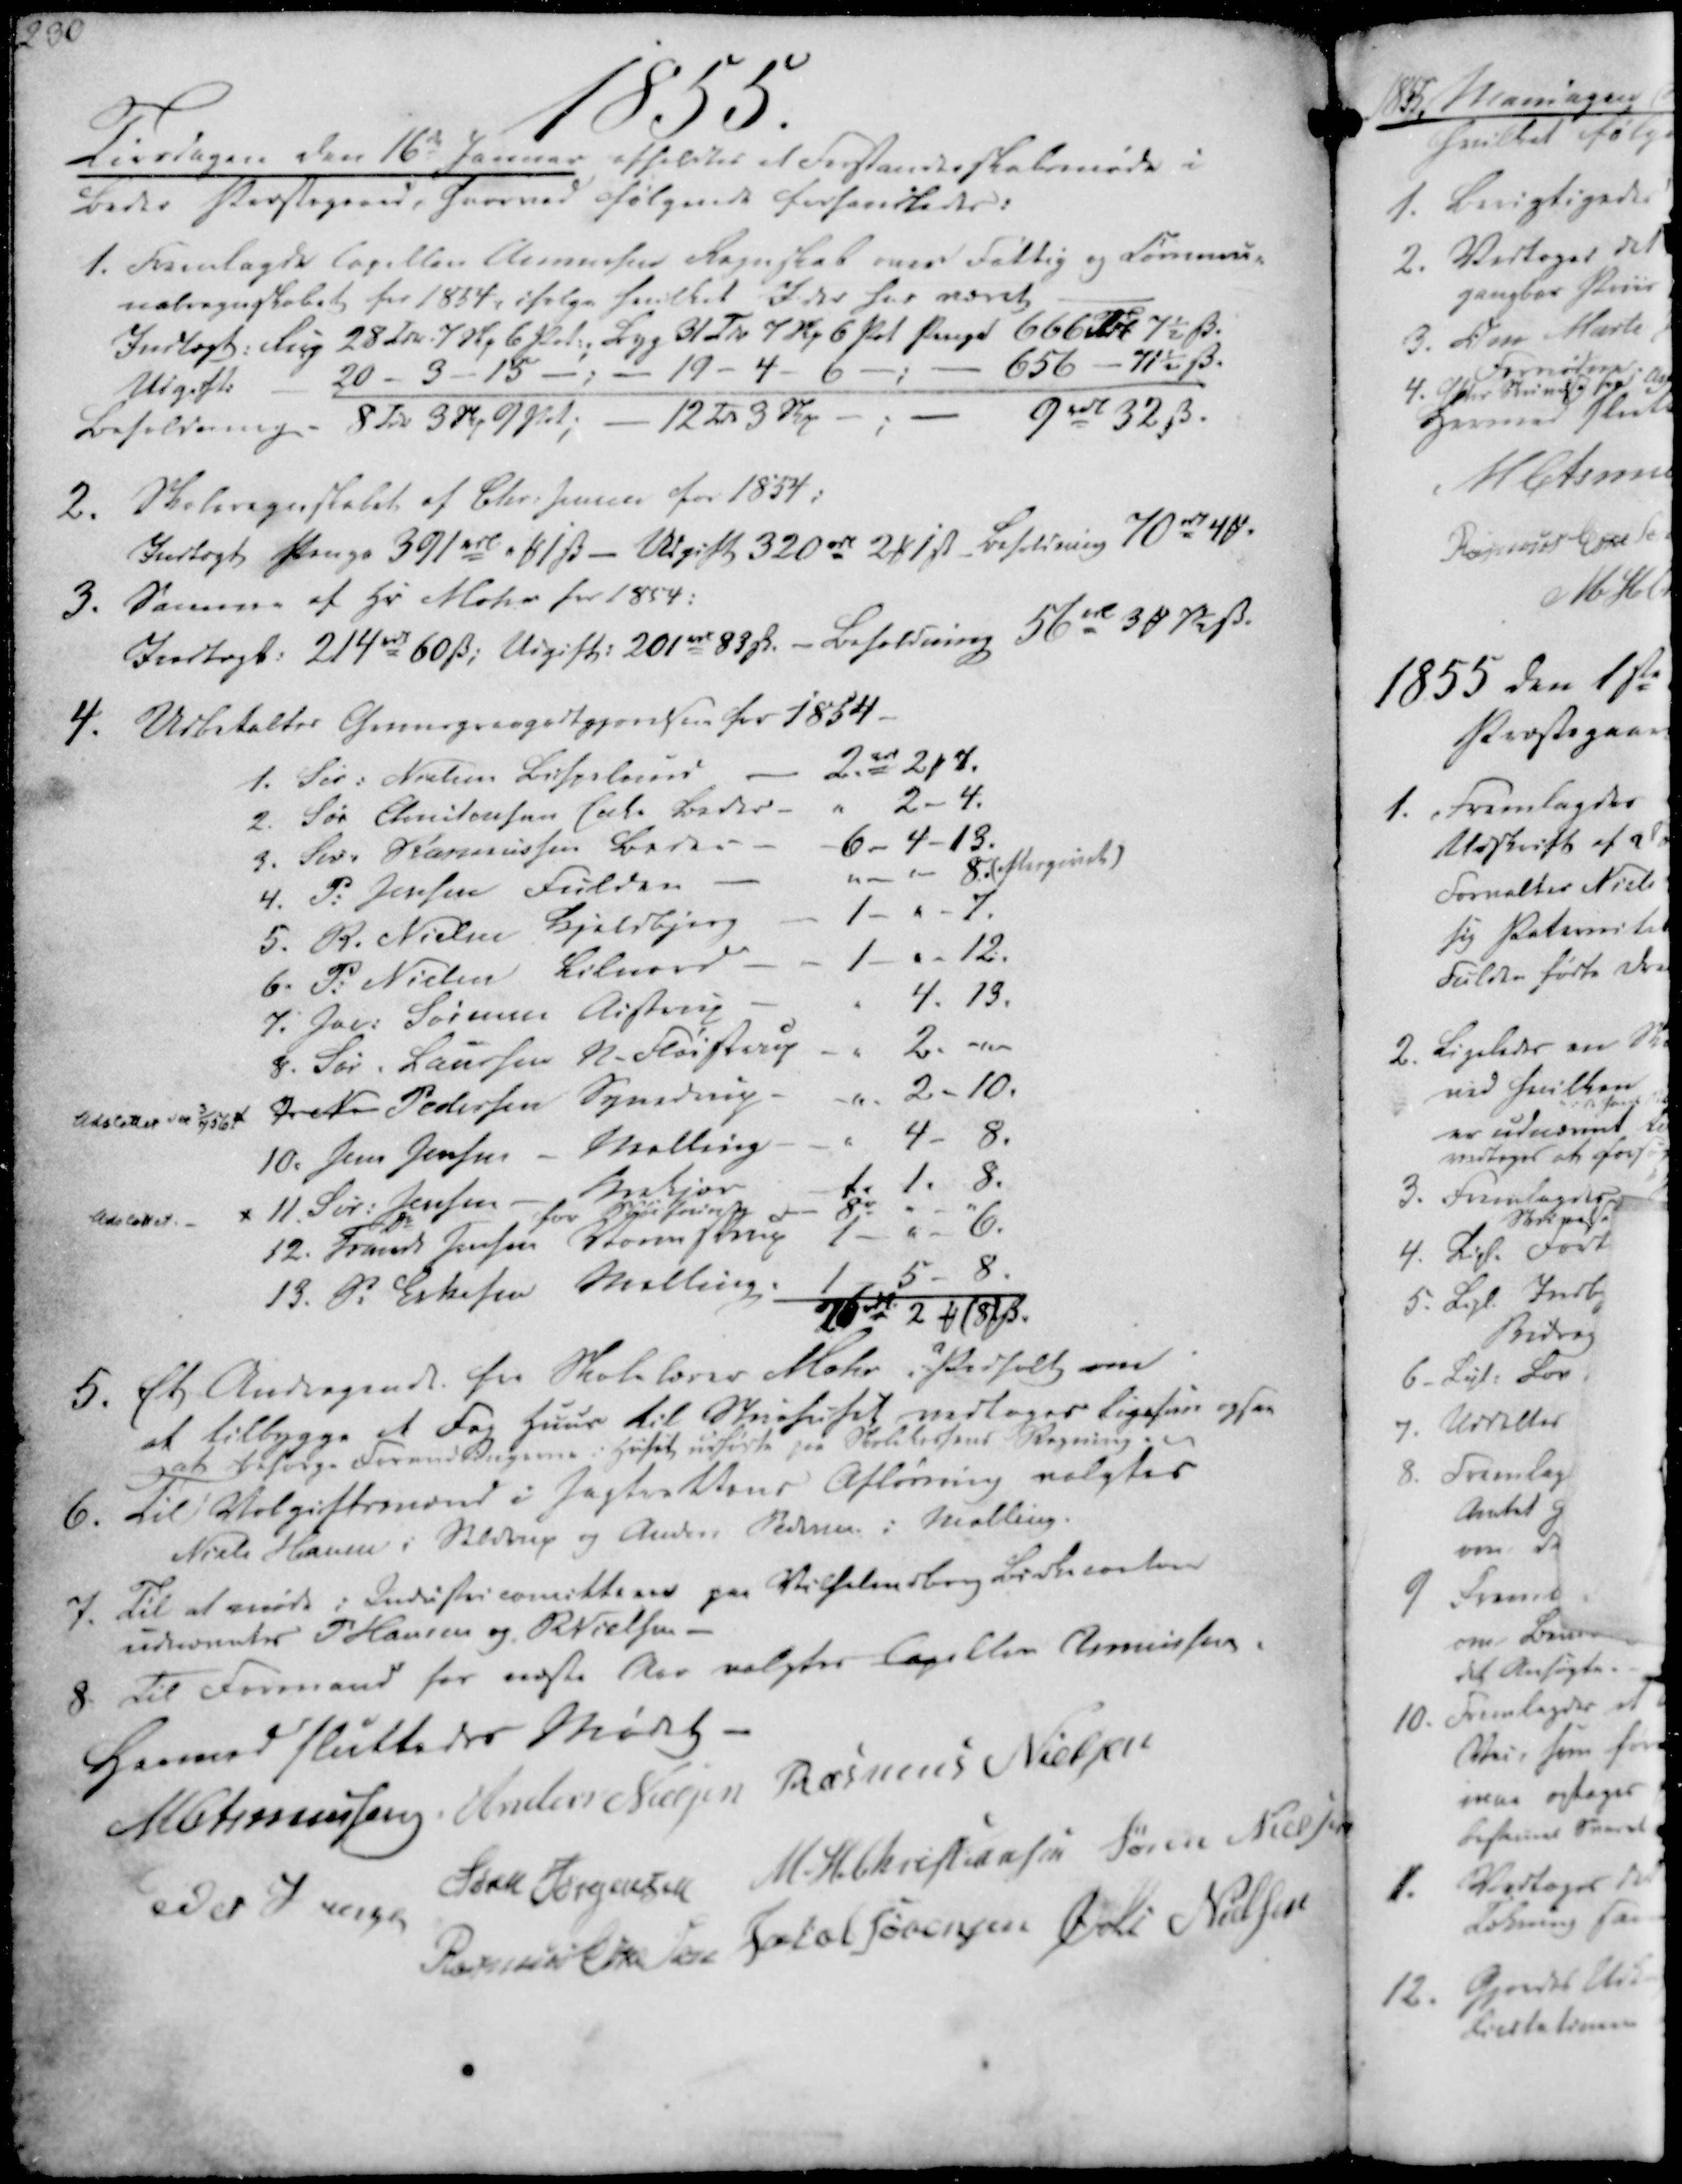
Transskription:
1855.

Tirsdagen den 16de Januar afholdtes et Forstanderskabsmøde i
Beder Præstegaard, hvorved følgende forhandledes:

1. Fremlagde Capellan Asmussen Regnskab over Fattig og Commu-
nalregnskabet for 1854, ifølge hvilket I der har været
Indtægt: Rug 28 Tdr. 7 Skp. 6 Pot.; Byg 31 Tdr 7 Skp 6 Pot Penge 666 Rdl 7½ ẞ.
Udgift:
20 - 3 - 15 - ; - 19 - 4 - 6
656 - 71 ½ ẞ.
Beholdning - 8 Tdr 3 Skp 9 Pot;
12 Tdr 3 Skp
9 rdl 32 ẞ.
2. Skoleregnskabet af Chr. Jensen for 1854:
Indtægt Penge 391 rdl " ₻ 1 ẞ - Udgift 320 rdl 2 ₻ 1 ẞ _ Beholdning 70 rd 4 ₻.
3. Samme af Hr Mohr for 1854:
Indtægt: 214 rdl 60 ẞ; Udgift: 201 rdl 83 ẞ. - Beholdning 56 rdl 3 ₻ 7½ ẞ.

4. Udbetaltes Gruusgravgodtgjørelsen for 1854-
1. Sør. Nielsen Bispelund
2 rdl 2 ₻ 8 7.
2. Sør Christensen Enke Beder
2 - 4.
3. Sør. Rasmussen Beder
6 - 4 - 13.
4. P. Jensen Fulden
"- '- 8. (eftergivet)
5. R. Nielsen Kjeldbjerg
1 - " - 7.
6. P. Nielsen Lilnord
1 - " - 12.
7. Jac. Sørensen Aistrup
4. 13.
8. Sør. Laursen N-Fløistrup
2- -"-
Udslettet den 3/7 56 x 9. N. Pedersen Synedrup
2 - 10.
10. Jens Jensen - Malling
4 - 8.
Udslettet.- x 11. Sør. Jensen - Krekjær
1. 1. 8.
Do - for Støitrup
8 r
12. Frands Jensen Vormstrup 1 - " - 6.
13. P. Eskesen Malling:
1 - 5 - 8.
26 rdl 2 ₻ (8) ẞ.

5. Et Andragende fra Skolelærer Mohr i Pedholt om
at tilbygge et Fag Huus til Stuehuset vedtoges ligesom ogsaa
at besørge Forandringerne i Huset udførte paa Skolekassens Regning. ~
6. Til Volgiftsmænd i Jagtrettens Afløsning valgtes
Niels Hansen i Seldrup og Anders Pedersen i Malling.
7. Til at møde i Industricomitterne paa Vilhelmsborg Birkecontor
udnævntes P Hansen og R Nielsen
8. Til Formand for næste Aar valgtes Capellan Asmussen.

Hermed sluttedes Mødet -
M Asmussen
Anders Nielsen
Rasmus Nielsen
Peder Jensen
Søren Jørgensen
M. H. Christiansen
Søren Nielsen
Rasmus Eskesen
Jacob Sørensen
Øvli Nielsen